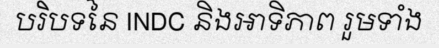
បរិបទនៃ INDC និងអាទិភាព រួមទាំង